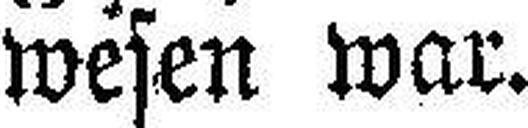
wesen war.